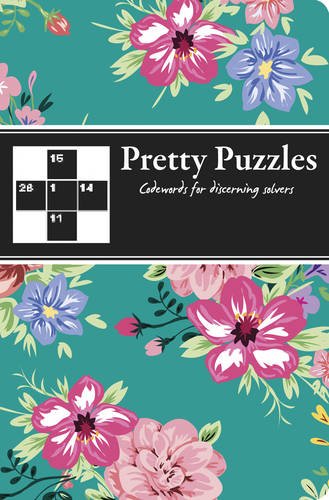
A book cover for Pretty Puzzles: Codewords: For Discerning Solvers; Carlton Books UK; Humor & Entertainment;